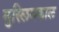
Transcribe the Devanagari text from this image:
मुस्लिमकाल